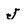
Character: J